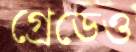
গ্রেডেও